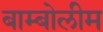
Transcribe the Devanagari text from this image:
बाम्बोलीम